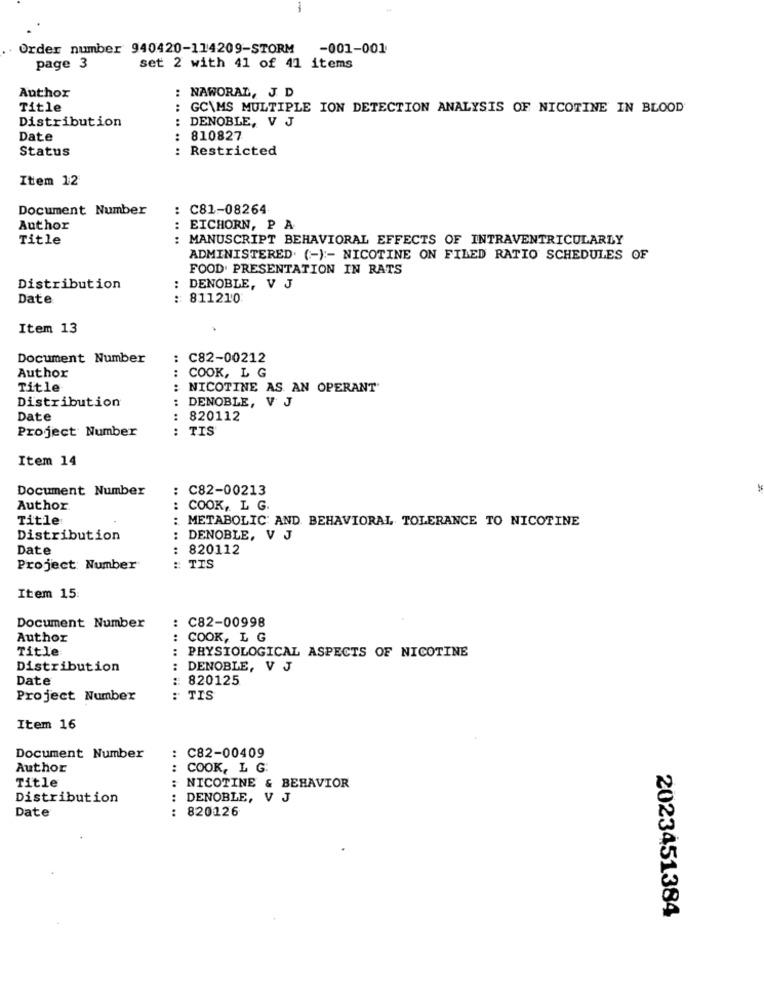
Order number 940420-114209-STORM -001-001
page 3
set 2 with 41 of 41 items
: NAWORAL, J. D
Author
Title
: GC\MS MULTIPLE ION DETECTION ANALYSIS OF NICOTINE IN BLOOD
Distribution
DENOBLE, V J
Date
: 810827
Status
: Restricted
...... ....
Item 12
Document Number
: C81-08264
Author
:
EICHORN, P A
Title
MANUSCRIPT BEHAVIORAL EFFECTS OF INTRAVENTRICULARLY
ADMINISTERED. (-) :- NICOTINE ON FILED RATIO SCHEDULES OF
FOOD. PRESENTATION IN RATS
Distribution
DENOBLE, V J
Date
: 811210
Item 13
Document Number
: C82-00212
Author
:
COOK, L G
Title
:
NICOTINE AS AN OPERANT
Distribution
DENOBLE, V J
Date
820112
Project Number
: TIS
... .. ..
Item 14
Document Number
: C82-00213
Author
COOK, L G.
Title
METABOLIC AND BEHAVIORAL TOLERANCE TO NICOTINE
....
Distribution
DENOBLE, V J
Date
820112
Project: Number
: TIS
......
Item 15:
:
C82-00998
Document Number
Author
COOK, L G
Title
: PHYSIOLOGICAL ASPECTS OF NICOTINE
Distribution
..
DENOBLE, V J
Date
:820125
Project Number
" TIS
Item 16
Document Number
: C82-00409
Author
: COOK, L G:
Title
: NICOTINE & BEHAVIOR
Distribution
:
DENOBLE, V J
Date
: 820126
.. ..
2023451384